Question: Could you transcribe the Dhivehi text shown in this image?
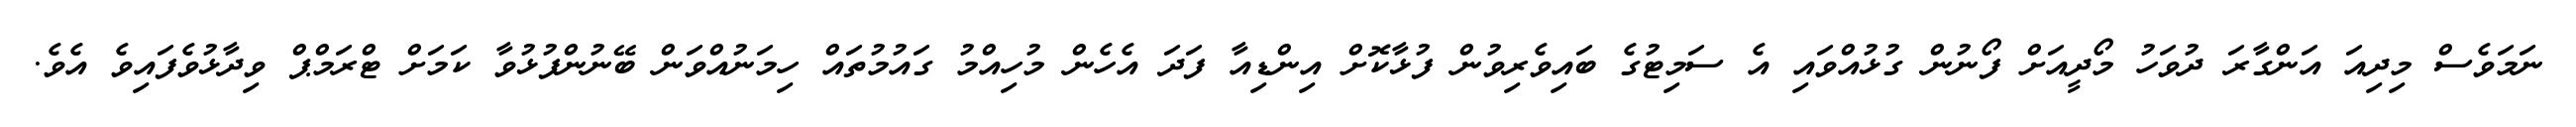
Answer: ނަމަވެސް މިދިއަ އަންގާރަ ދުވަހު މޯދީއަށް ފޯނުން ގުޅުއްވައި އެ ސަމިޓުގެ ބައިވެރިވުން ފުޅާކޮށް އިންޑިއާ ފަދަ އެހެން މުހިއްމު ގައުމުތައް ހިމަނުއްވަން ބޭނުންފުޅުވާ ކަމަށް ޓްރަމްޕް ވިދާޅުވެފައިވެ އެވެ.